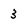
Character: 3